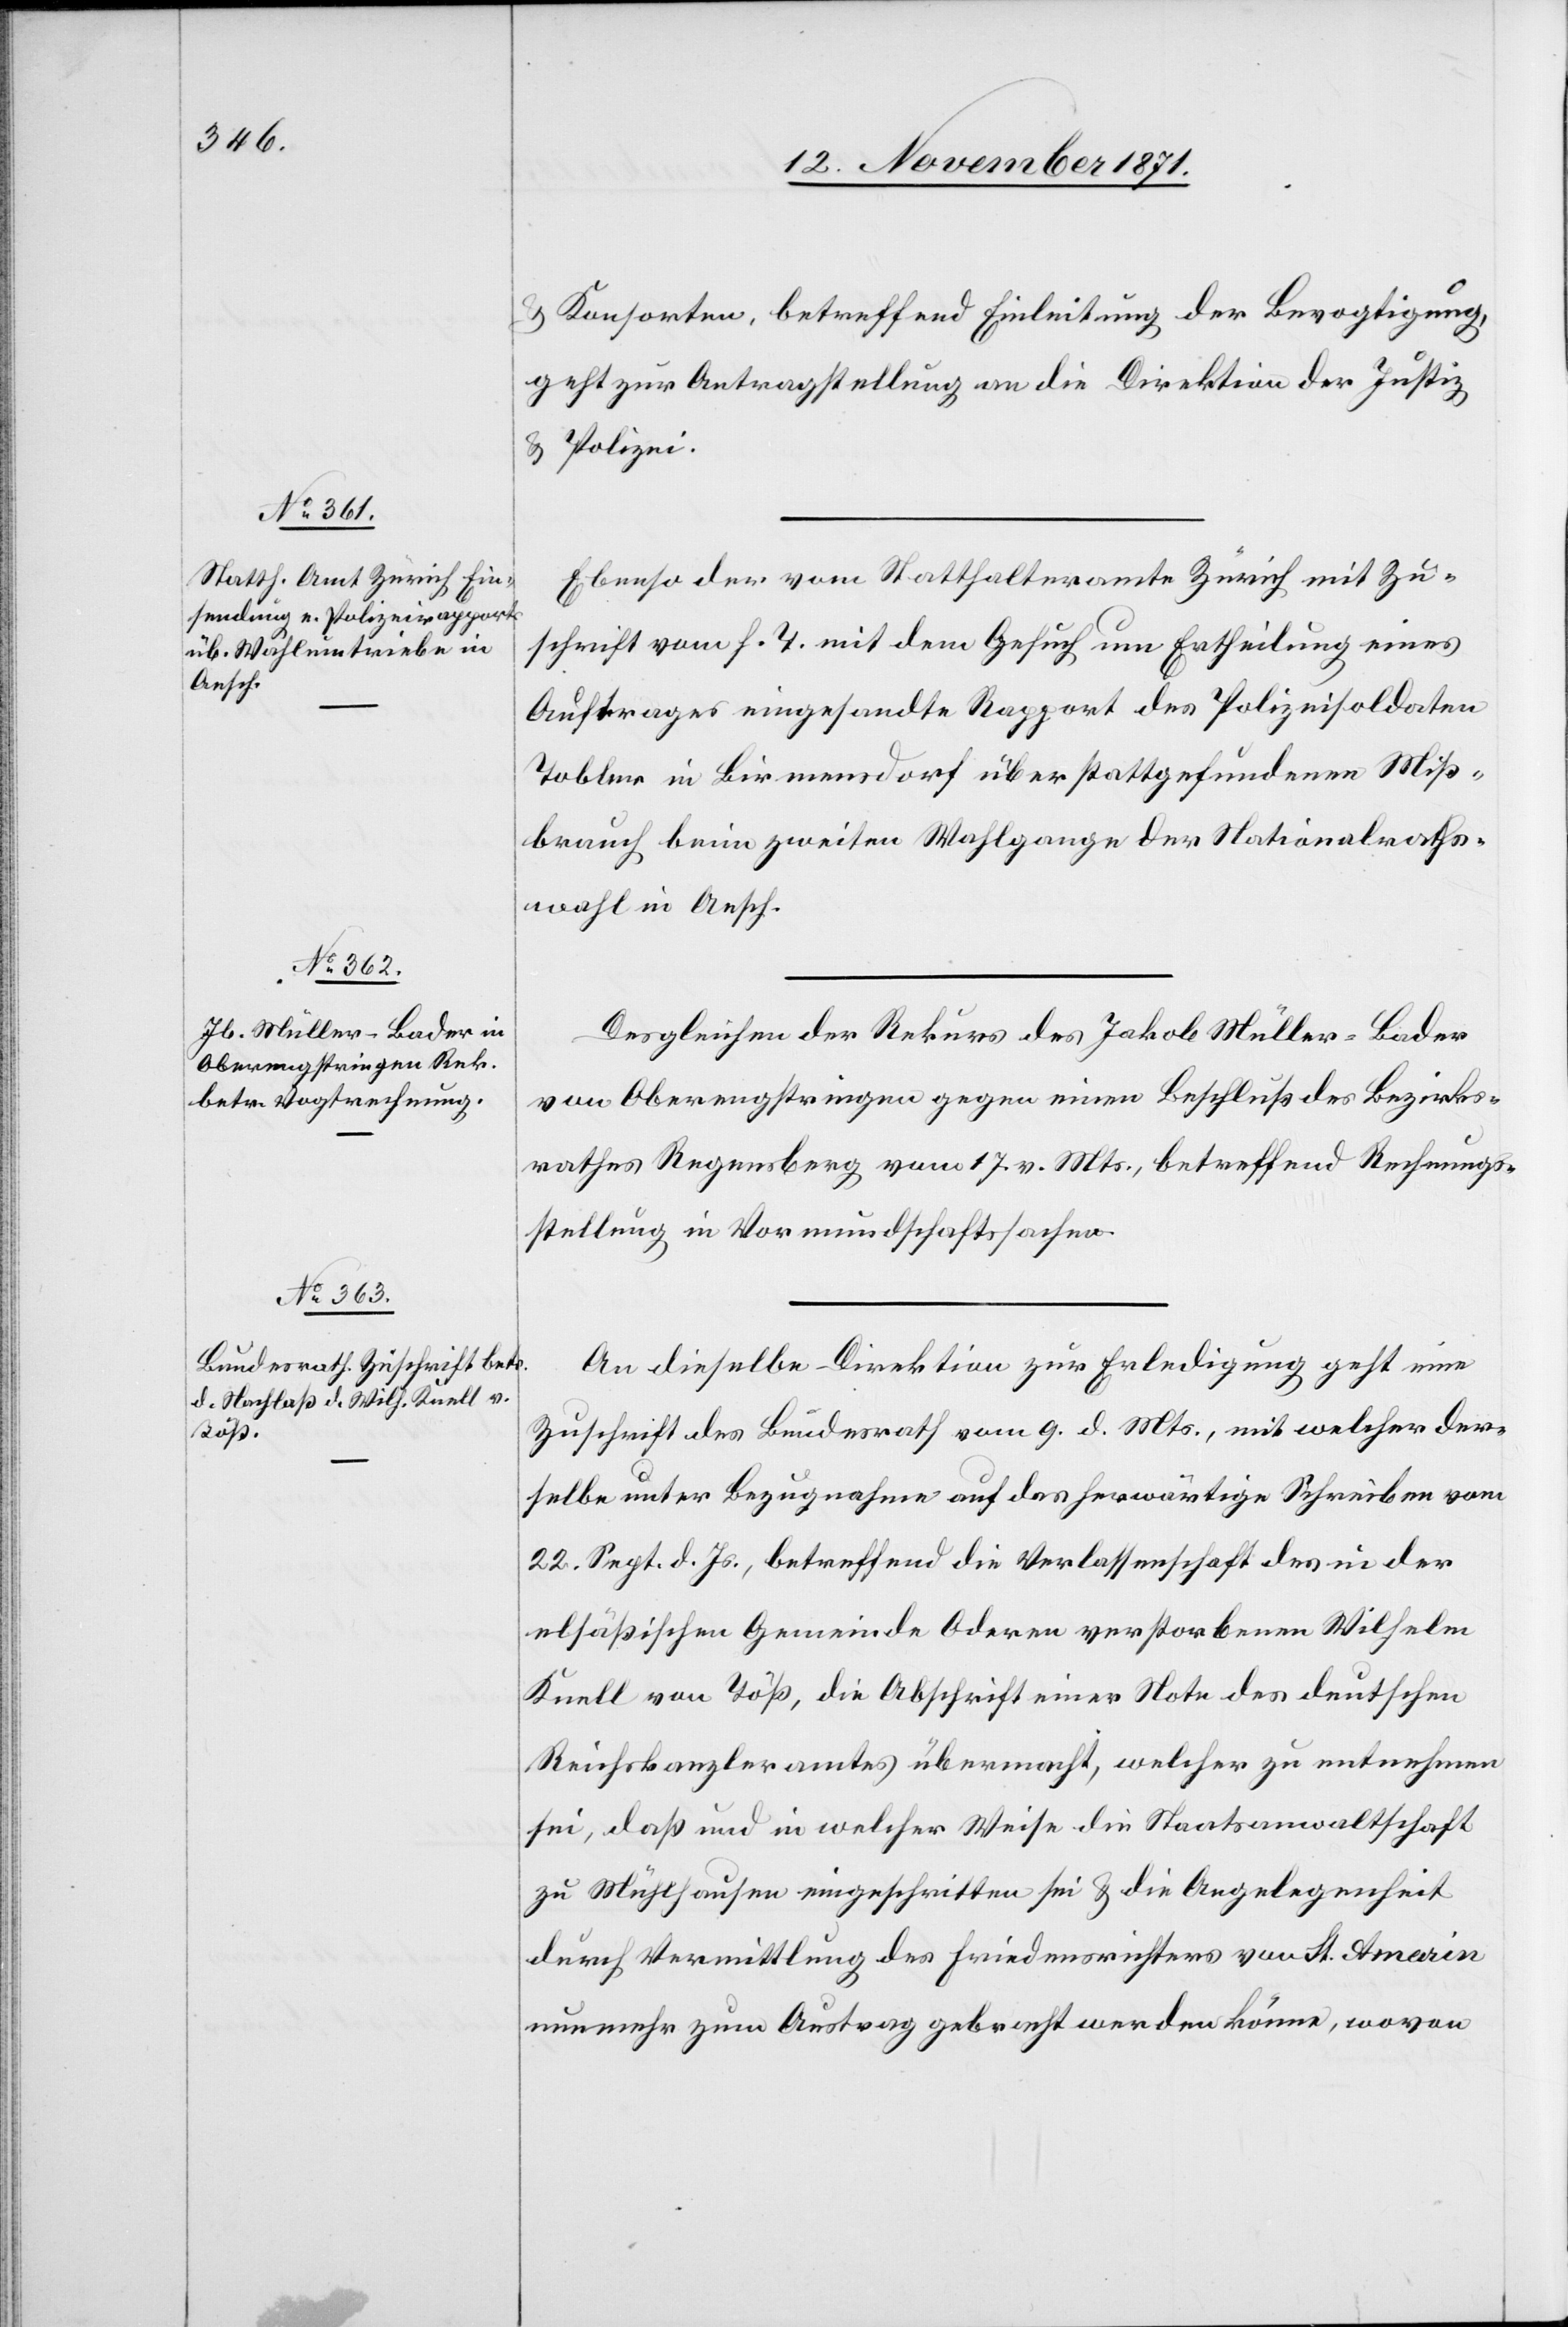
13. November 1871.]
& Konsorten, betreffend Einleitung der Bevogtigung,
geht zur Antragstellung an die Direktion der Justiz
& Polizei.
Ebenso der vom Statthalteramte Zürich mit Zu¬
schrift vom h. T. mit dem Gesuch um Ertheilung eines
Auftrages eingesandte Rapport des Polizeisoldaten
Tobler in Birmensdorf über stattgefundenen Miss¬
brauch beim zweiten Wahlgange der Nationalraths¬
wahl in Aesch.
Desgleichen der Rekurs des Jakob Müller-Bader
von Oberengstringen gegen einen Beschluß des Bezirks¬
rathes Regensberg vom 17. v. Mts., betreffend Rechungs¬
stellung in Vormundschaftssache.
An dieselbe Direktion zur Erledigung geht eine
Zuschrift des Bundesrath vom 9. d. Mts., mit welcher der¬
selbe unter Bezugnahme auf das herwärtige Schreiben vom
22. Sept. d. Js., betreffend die Verlassenschaft des in der
elsässischen Gemeinde Oderen verstorbenen Wilhelm
Knell von Töß, die Abschrift einer Note des deutschen
Reichskanzleramtes übermacht, welcher zu entnehmen
sei, daß und in welcher Weise die Staatsanwaltschaft
zu Mühlhausen eingeschritten sei & die Angelegenheit
durch Vermittlung des Friedensrichters von St. Amarin
nunmehr zum Austrag gebracht werden könne, wovon